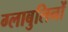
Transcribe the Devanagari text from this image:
ग्लाबुलिनों